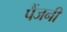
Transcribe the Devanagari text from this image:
पैंजनी